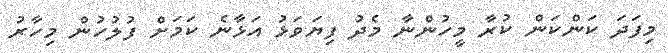
މިފަދަ ކަންކަން ކުރާ މީހުންނާ މެދު ފިޔަވަޅު އަޅާނެ ކަމަށް ފުލުހުން މިހާރު